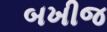
બખીજ